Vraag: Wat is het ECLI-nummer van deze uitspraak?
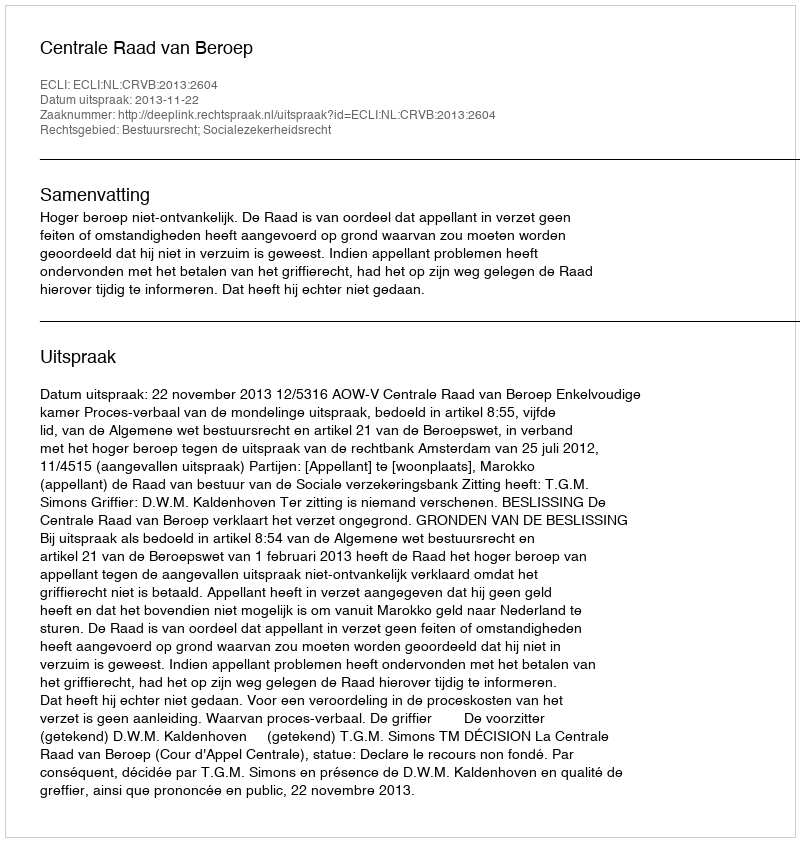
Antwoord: ECLI:NL:CRVB:2013:2604